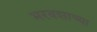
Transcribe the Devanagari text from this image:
भरवशाच्या